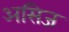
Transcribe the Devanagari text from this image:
असिज